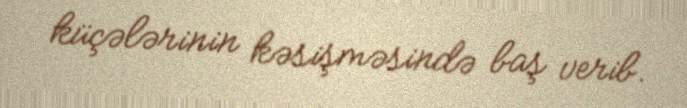
küçələrinin kəsişməsində baş verib.